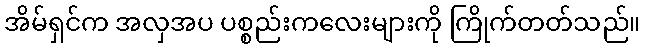
အိမ်ရှင်က အလှအပ ပစ္စည်းကလေးများကို ကြိုက်တတ်သည်။